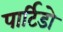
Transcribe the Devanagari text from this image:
पार्टिडो